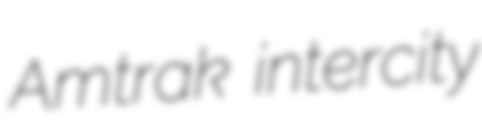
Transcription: Amtrak intercity